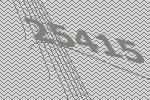
25415